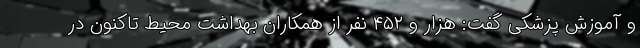
و آموزش پزشکی گفت: هزار و ۴۵۲ نفر از همکاران بهداشت محیط تاکنون در